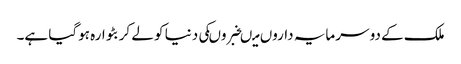
ملک کے دو سرمایہ داروں میںخبروںکی دنیا کو لے کر بٹوارہ ہوگیا ہے۔